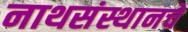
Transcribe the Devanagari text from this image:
नाथसंस्थानचे